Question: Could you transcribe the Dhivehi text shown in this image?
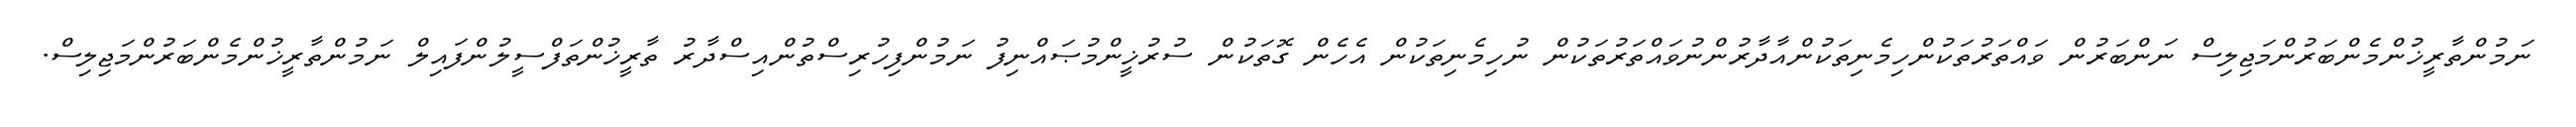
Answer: ނަމުންތާރީޚުންމެންބަރުންމަޖިލިސް ނަންބަރުން ވައްތަރުތަކުންހިމެނިތަކުންއާދާރުންނުވައްތަރުތަކުން ނުހިމެނިތަކުން އެހެން ގޮތަކުން ސުރުޚީންމުޞައްނިފު ނަމުންފިހުރިސްތުންއިސްދާރު ތާރީޚުންތަފްސީލުންފައިލް ނަމުންތާރީޚުންމެންބަރުންމަޖިލިސް.